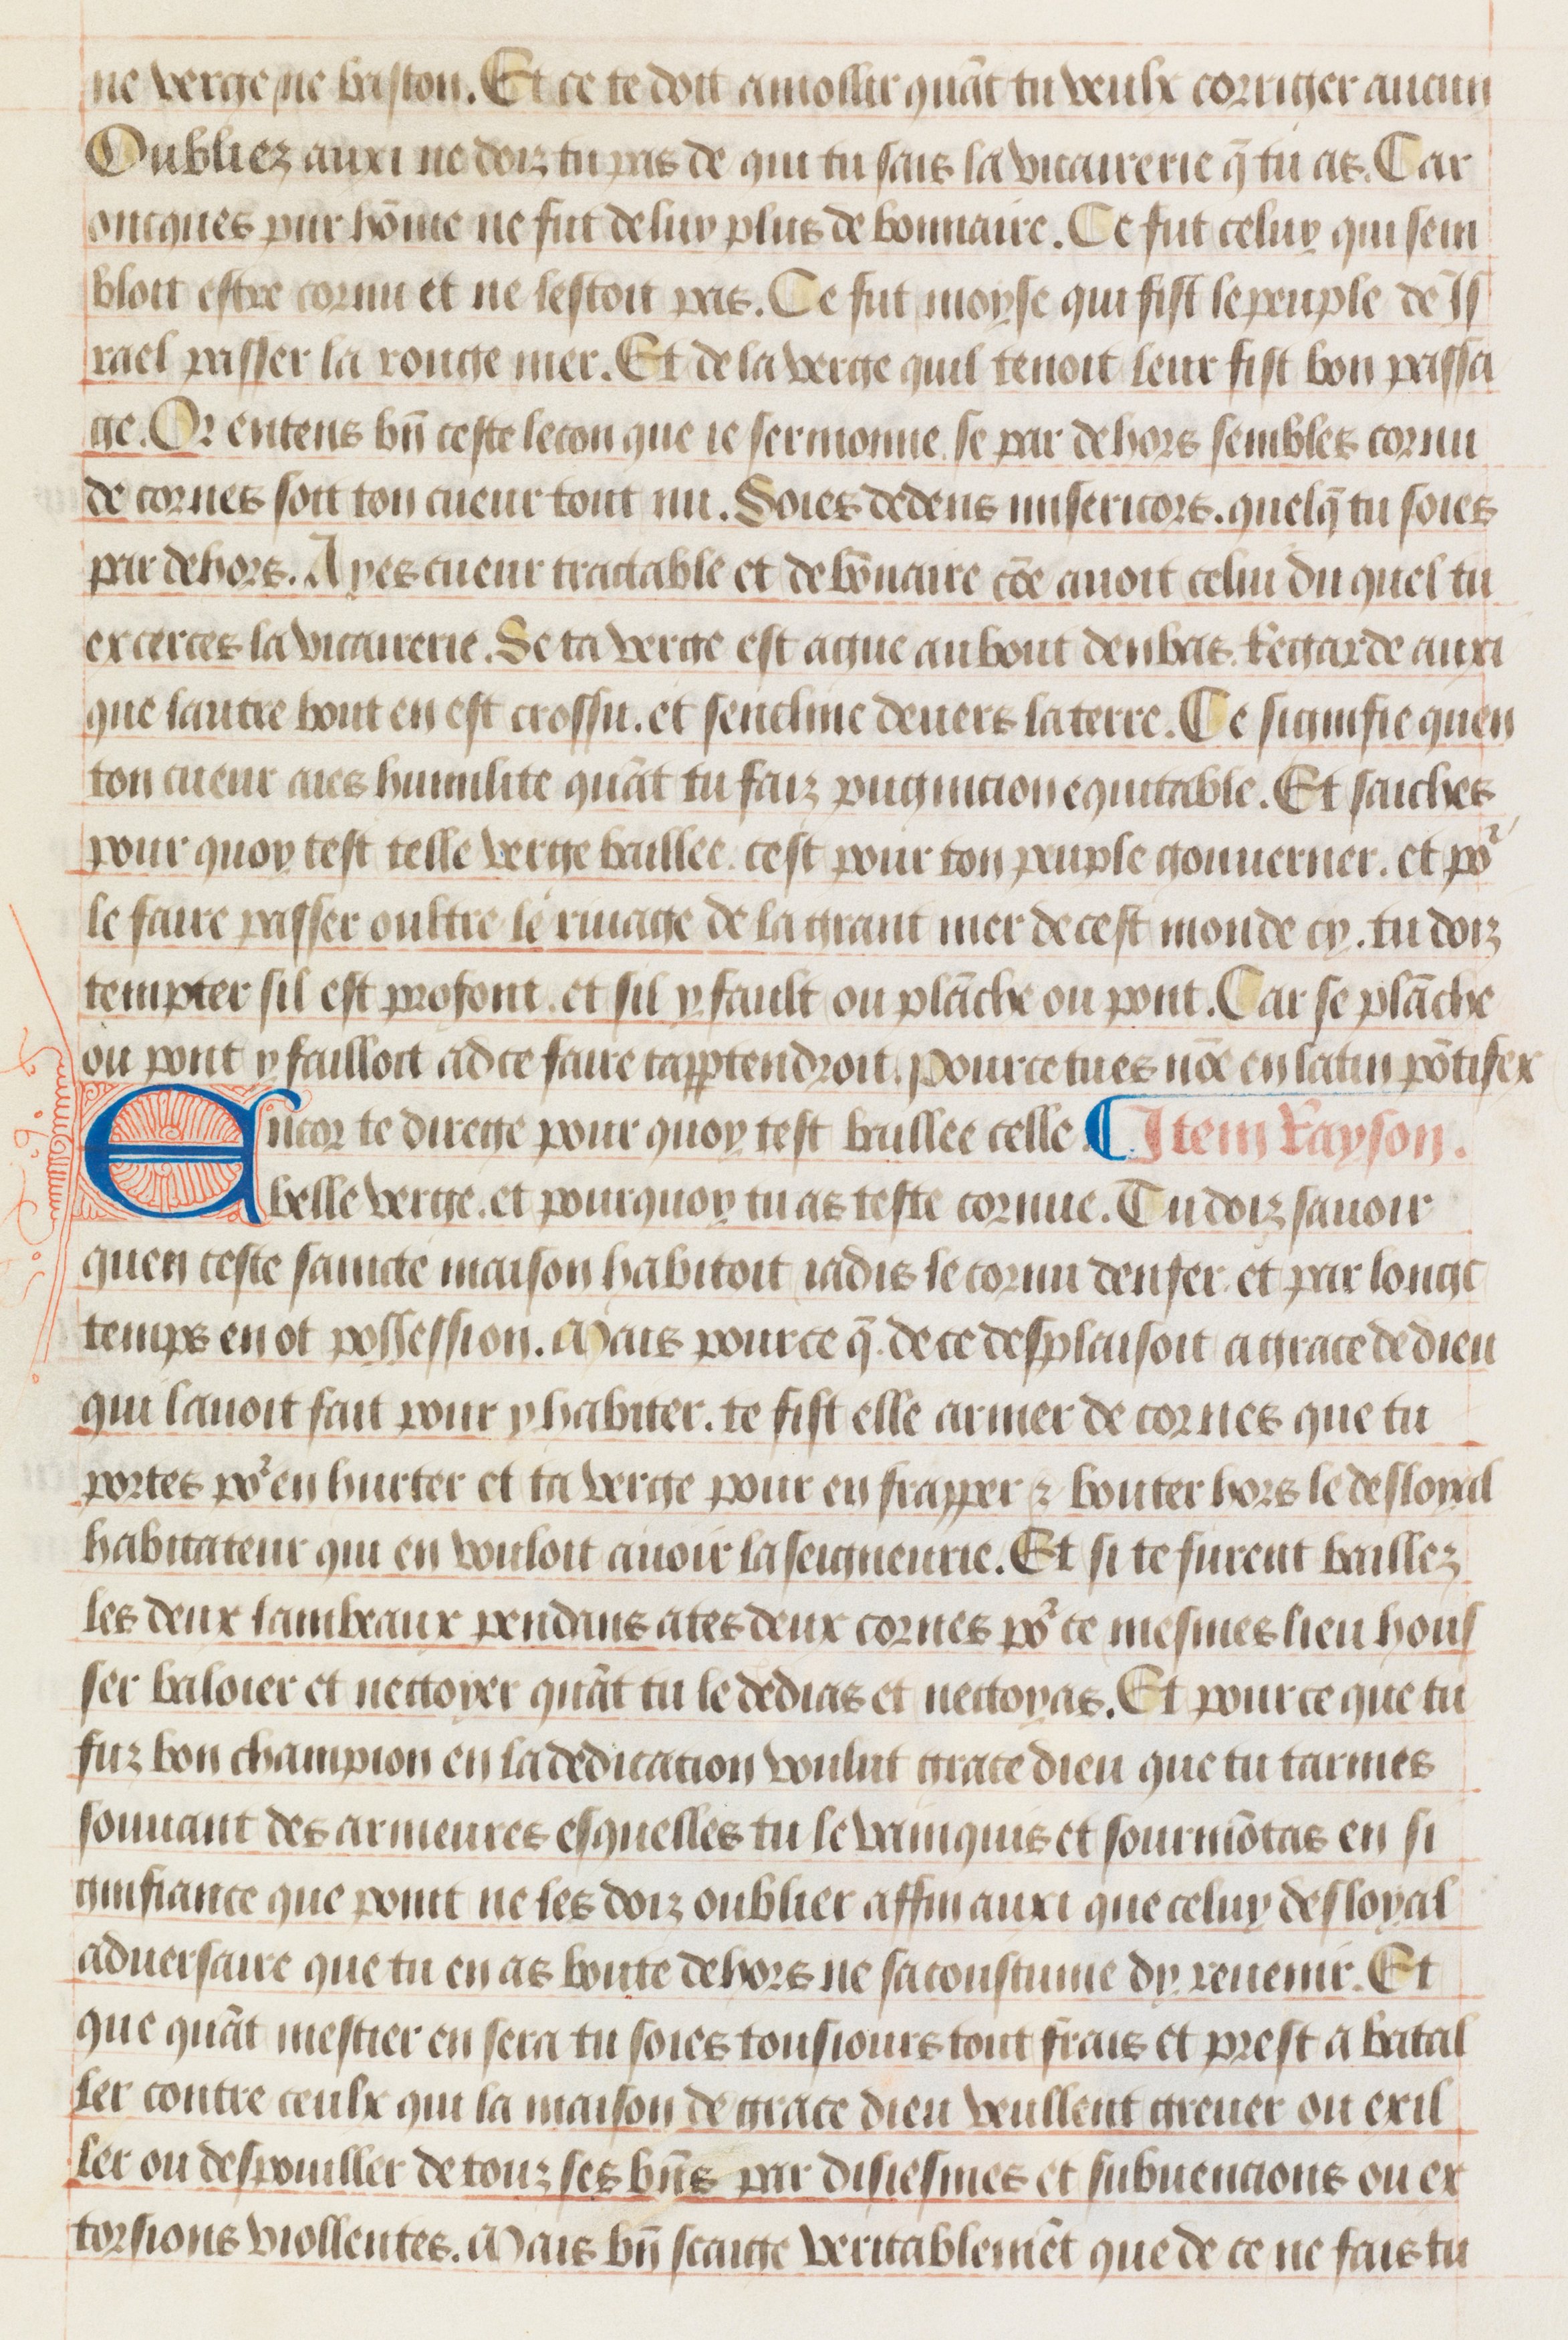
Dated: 1475–1499